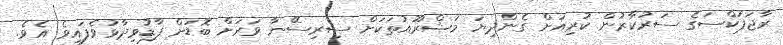
ރާޖަޕަކްސަގެ ސަރުކާރުން ކުރިއަށް ގެންދިޔަ މަޝްރޫއުތަކަށް ސިރިސޭނާ ވަރަށް ބޮޑަށް ފާޑުވިދާޅުވެފައިވެ އެވެ.